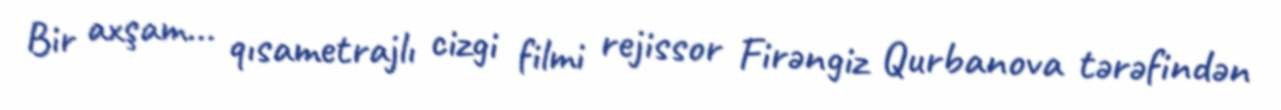
Bir axşam... qısametrajlı cizgi filmi rejissor Firəngiz Qurbanova tərəfindən